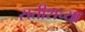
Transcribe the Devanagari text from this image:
सतीशच्या